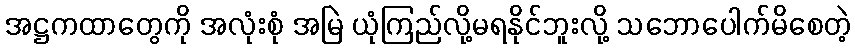
အဋ္ဌကထာတွေကို အလုံးစုံ အမြဲ ယုံကြည်လို့မရနိုင်ဘူးလို့ သဘောပေါက်မိစေတဲ့